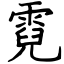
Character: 霓